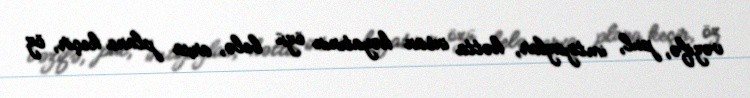
vəzifə, pul, imtiyazlar, hətta insan həyatının özü belə, arxa plana keçir, öz